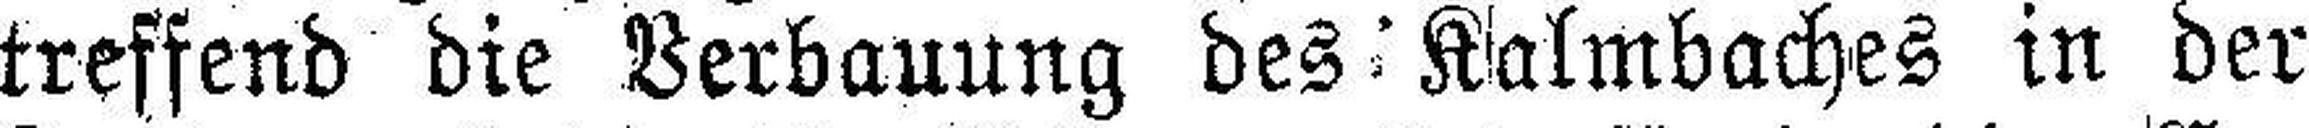
treffend die Verbauung des Kalmbaches in der